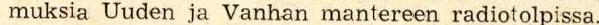
muksia Uuden ja Vanhan mantereen radiotolpissa.